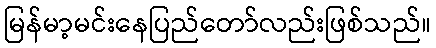
မြန်မာ့မင်းနေပြည်တော်လည်းဖြစ်သည်။